Senior Leaving Certificate Examination (including Day School Certificate (Higher) General paper), 1950
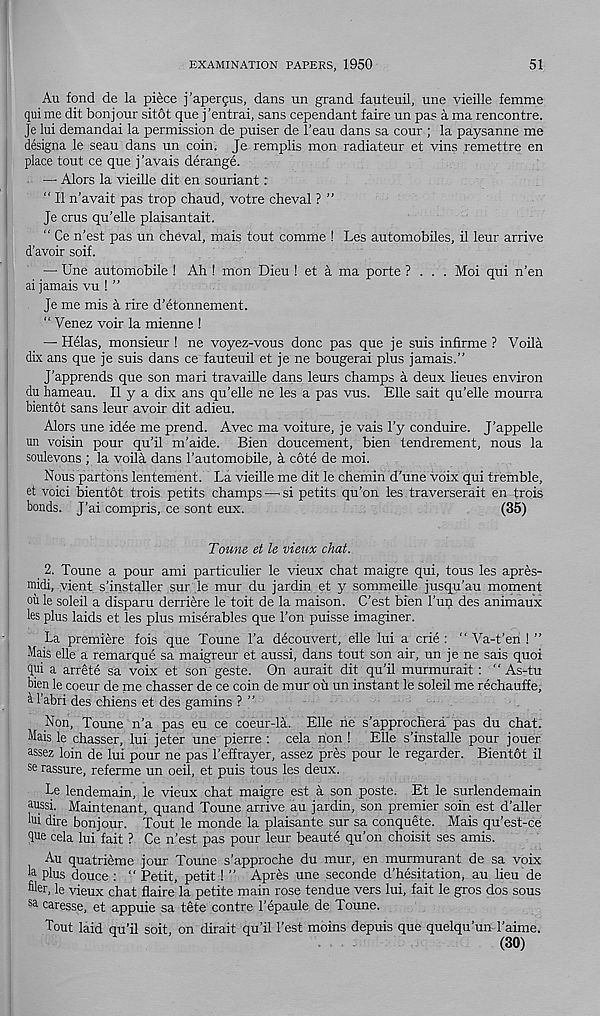
EXAMINATION PAPERS, 1950
51
Au fond de la piece j’apergus, dans un grand fauteuil, une vieille femme
qui me dit bon jour sitot que j'entrai, sans cependant faire un pas a ma rencontre.
Je lui demandai la permission de puiser de 1’eau dans sa cour ; la paysanne me
designa le seau dans un coin. Je remplis mon radiateur et vins remettre en
place tout ce que j'avais derange.
— Alors la vieille dit en souriant:
" II n'avait pas trop chaud, votre cheval ? ”
Je crus qu’elle plaisantait.
“ Ce n’est pas un cheval, mais tout comme ! Les automobiles, il leur arrive
d’avoir soif.
— Une automobile ! Ah ! mon Dieu ! et a ma porte ? . . . Moi qui n’en
ai jamais vu ! ”
Je me mis a rire d’etonnement.
“ Venez voir la mienne !
— Helas, monsieur ! ne voyez-vous done pas que je suis infirme ? Voila
dix ans que je suis dans ce fauteuil et je ne bougerai plus jamais.”
J’apprends que son mari travaille dans leurs champs a deux lieues environ
du hameau. II y a dix ans qu’elle ne les a pas vus. Elle sait qu’elle mourra
bientot sans leur avoir dit adieu.
Alors une idee me prend. Avec ma voiture, je vais l’y conduire. J’appelle
un voisin pour qu’il m’aide. Bien doucement, bien tendrement, nous la
soulevons ; la voila dans 1’automobile, a cote de moi.
Nous partons lentement. La vieille me dit le chemin d'une voix qui tremble,
et void bientot trois petits champs—'Si petits qu’on les traverserait en trois
bonds. J’ai compris, ce sont eux.
(35)
Toune et le vieux chat.
2. Toune a pour ami particulier le vieux chat maigre qui, tous les apres-
uiidi, vient s’installer sur le mur du jardin et y sommeille jusqu’au moment
ou le soleil a disparu derriere le toit de la maison. C’est bien I’un des animaux
les plus laids et les plus miserables que 1’on puisse imaginer.
La premiere fois que Toune l’a decouvert, elle lui a crie : “ Va-t’en ! ”
Mais elle a remarque sa maigreur et aussi, dans tout son air, un je ne sais quoi
dpi a arrete sa voix et son geste. On aurait dit qu’il murmurait : “ As-tu
bien le coeur de me chasser de ce coin de mur ou un instant le soleil me rechauffe,
& 1’abri des chiens et des gamins ? ”
Non, Toune n’a pas eu ce coeur-la. Elle ne s’approchera pas du chat.
Mais le chasser, lui jeter une pierre : cela non ! Elle s’installe pour jouer
assez loin de lui pour ne pas I’effrayer, assez pres pour le regarder. Bientot il
se rassure, referme un oeil, et puis tous les deux.
Le lendemain, le vieux chat maigre est a son poste. Et le surlendemain
a pssi. Maintenant, quand Toune arrive au jardin, son premier soin est d’aller
lui dire bonjour. Tout le monde la plaisante sur sa conquete. Mais qu’est-ce
due cela lui fait ? Ce n’est pas pour leur beaute qu’on choisit ses amis.
Au quatrieme jour Toune s’approche du mur, en murmurant de sa voix
la plus douce : “ Petit, petit ! ” Apres une seconde d’hesitation, au lieu de
filer, le vieux chat flaire la petite main rose tendue vers lui, fait le gros dos sous
sa caresse, et appuie sa tete centre 1’epaule de Toune.
Tout laid qu’il soit, on dirait qu’il Test moins depuis que quelqu’un I’aime.
(30)